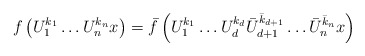
\begin{align*}f\left(U_1^{k_1}\ldots U_n^{k_n} x\right)=\bar f\left(U_1^{ k_1}\ldots U_d^{ k_d}\bar U_{d+1}^{\bar k_{d+1}}\ldots \bar U_{n}^{\bar k_{n}}x\right)\end{align*}